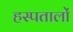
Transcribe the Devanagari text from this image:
हस्पतालों